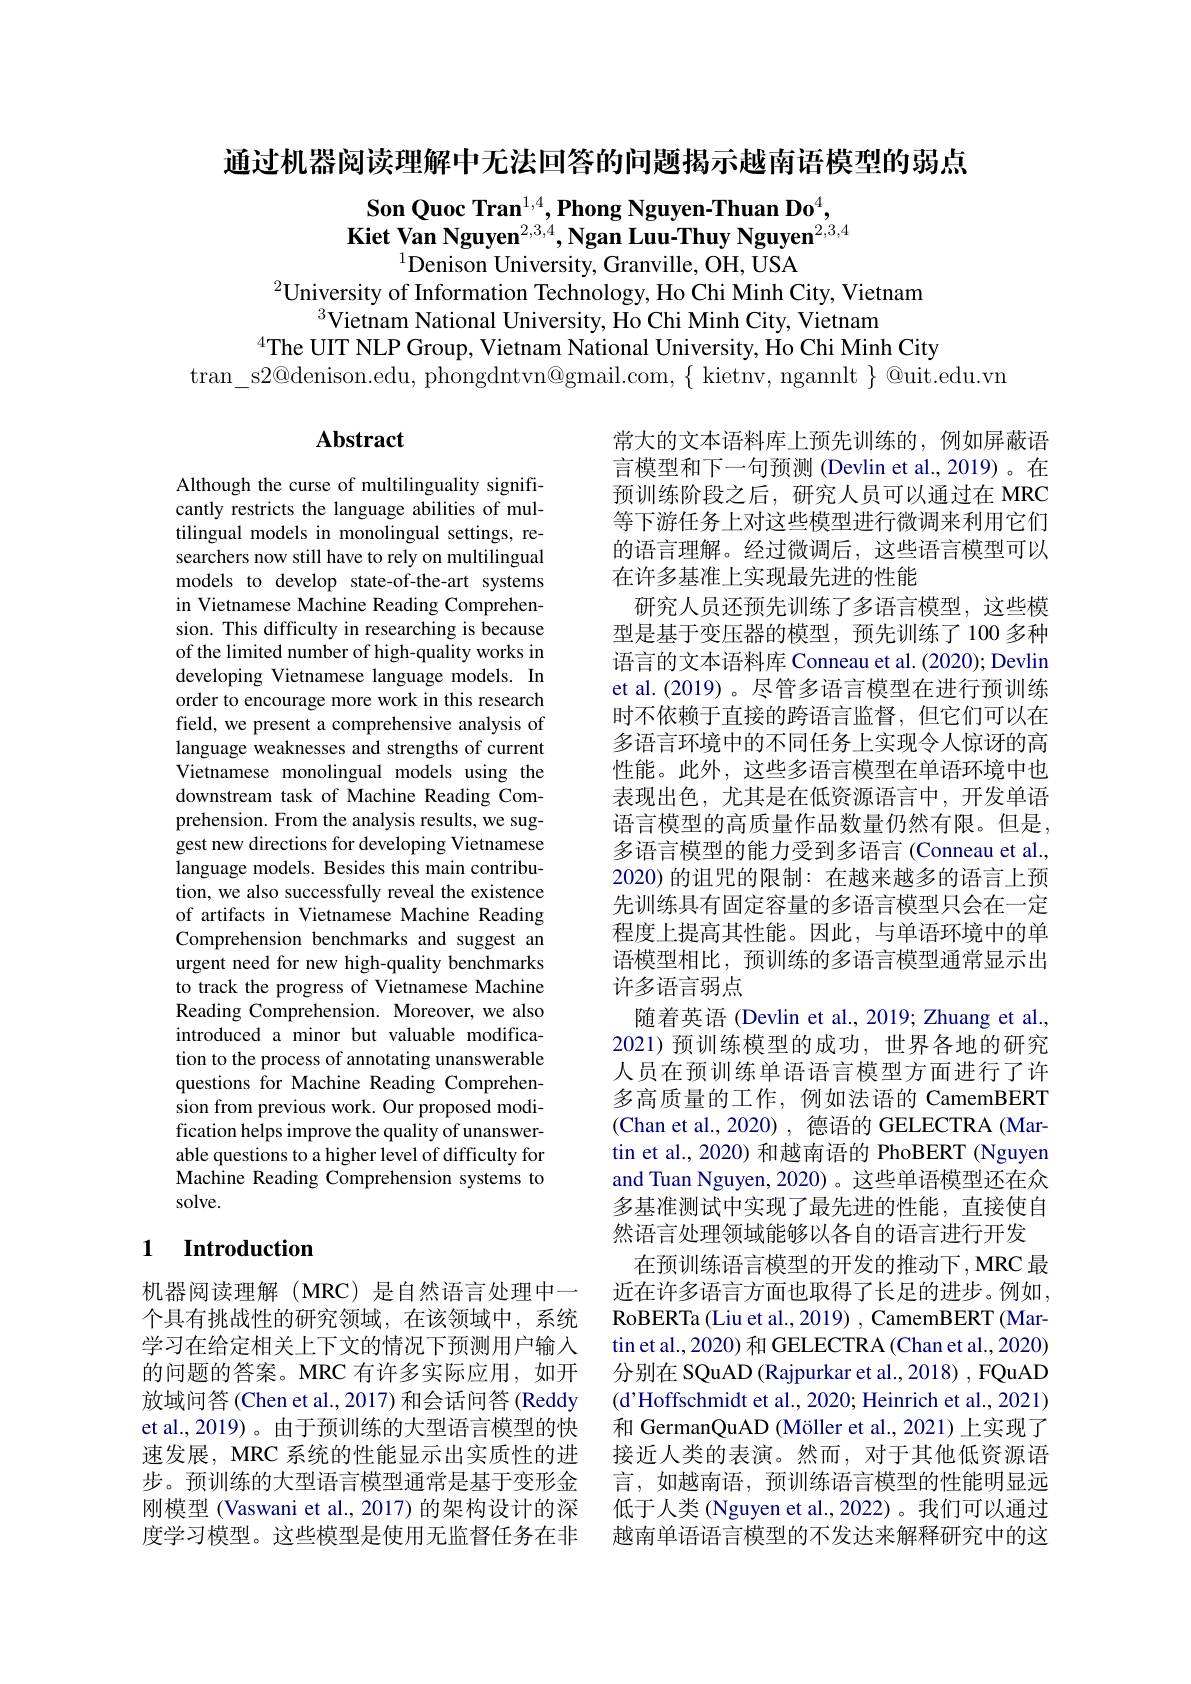
通过机器阅读理解中无法回答的问题揭示越南语模型的弱点

Son Quoc Tran$^{1,4},\textbf{Phong Nguyen-Thuan Do}^{4}$,
Kiet Van Nguyen$^2,3,4,\textbf{Ngan Luu-Thuy Nguyen}^{2,3,4}$
$^{1}$Denison University, Granville, OH, USA

$^{2}$University of Information Technology, Ho Chi Minh City, Vietnam
$^{3}$Vietnam National University, Ho Chi Minh City, Vietnam
$^{4}$The UIT NLP Group, Vietnam National University, Ho Chi Minh City
tran$\_$s2@ denison. edu, phongdntvn@ gmail. com, $\{$ kietnv, ngannlt $\}$ @ uit. edu. vn

## Abstract

Although the curse of multilinguality significantly restricts the language abilities of multilingual models in monolingual settings, researchers now still have to rely on multilingual models to develop state-of-the-art systems in Vietnamese Machine Reading Comprehension. This difficulty in researching is because of the limited number of high-quality works in developing Vietnamese language models. In order to encourage more work in this research field, we present a comprehensive analysis of language weaknesses and strengths of current Vietnamese monolingual models using the downstream task of Machine Reading Comprehension. From the analysis results, we suggest new directions for developing Vietnamese language models. Besides this main contribution, we also successfully reveal the existence of artifacts in Vietnamese Machine Reading Comprehension benchmarks and suggest an urgent need for new high-quality benchmarks to track the progress of Vietnamese Machine Reading Comprehension. Moreover, we also introduced a minor but valuable modification to the process of annotating unanswerable questions for Machine Reading Comprehension from previous work. Our proposed modification helps improve the quality of unanswerable questions to a higher level of difficulty for Machine Reading Comprehension systems to solve.

常大的文本语料库上预先训练的，例如屏蔽语言模型和下一句预测 (Devlin et al.,2019)。在预训练阶段之后，研究人员可以通过在 MRC 等下游任务上对这些模型进行微调来利用它们的语言理解。经过微调后，这些语言模型可以在许多基准上实现最先进的性能
研究人员还预先训练了多语言模型，这些模型是基于变压器的模型，预先训练了100 多种语言的文本语料库 Conneau et al. (2020); Devlin et al.(2019) 。尽管多语言模型在进行预训练时不依赖于直接的跨语言监督，但它们可以在多语言环境中的不同任务上实现令人惊讶的高性能。此外，这些多语言模型在单语环境中也表现出色，尤其是在低资源语言中，开发单语语言模型的高质量作品数量仍然有限。但是多语言模型的能力受到多语言 (Conneau et al., 2020) 的诅咒的限制：在越来越多的语言上预先训练具有固定容量的多语言模型只会在一定程度上提高其性能。因此，与单语环境中的单语模型相比，预训练的多语言模型通常显示出许多语言弱点
随着英语 (Devlin et al., 2019; Zhuang et al., 2021)预训练模型的成功，世界各地的研究人员在预训练单语语言模型方面进行了许多高质量的工作，例如法语的 CamemBERT (Chan et al.,2020), 德语的 GELECTRA (Martin et al., 2020) 和越南语的 PhoBERT (Nguyen and Tuan Nguyen, 2020) 。这些单语模型还在众多基准测试中实现了最先进的性能，直接使自然语言处理领域能够以各自的语言进行开发
在预训练语言模型的开发的推动下，MRC 最近在许多语言方面也取得了长足的进步。例如， RoBERTa (Liu et al., 2019) , CamemBERT (Martin et al., 2020) 和 GELECTRA (Chan et al., 2020) 分别在 SQuAD (Rajpurkar et al., 2018) , FQuAD (d'Hoffschmidt et al., 2020; Heinrich et al., 2021) 和 GermanQuAD (Möller et al., 2021) 上实现了接近人类的表演。然而，对于其他低资源语言，如越南语，预训练语言模型的性能明显远低于人类 (Nguyen et al., 2022)。我们可以通过越南单语语言模型的不发达来解释研究中的这

## 1 Introduction

机器阅读理解(MRC)是自然语言处理中一个具有挑战性的研究领域，在该领域中，系统学习在给定相关上下文的情况下预测用户输入的问题的答案。MRC 有许多实际应用，如开放域问答 (Chen et al.,2017) 和会话问答 (Reddy et al., 2019)。由于预训练的大型语言模型的快速发展，MRC 系统的性能显示出实质性的进步。预训练的大型语言模型通常是基于变形金刚模型 (Vaswani et al., 2017) 的架构设计的深度学习模型。这些模型是使用无监督任务在非